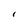
Character: I